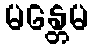
မန္တေမ